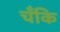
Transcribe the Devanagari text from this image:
चँकि